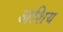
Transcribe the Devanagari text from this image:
अशिय